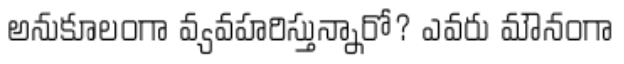
అనుకూలంగా వ్యవహరిస్తున్నారో? ఎవరు మౌనంగా